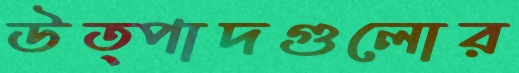
উত্পাদগুলোর